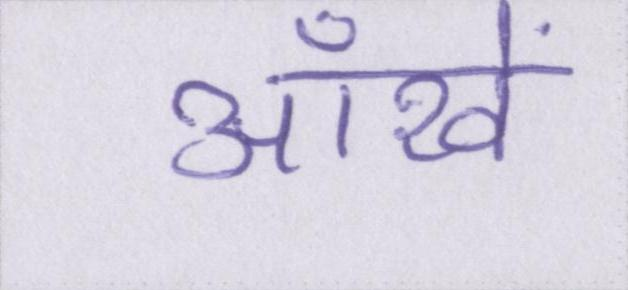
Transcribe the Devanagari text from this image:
ऑंखें